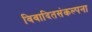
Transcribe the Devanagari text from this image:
विवादितसंकल्पना